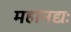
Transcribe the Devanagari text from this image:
महानद्यः